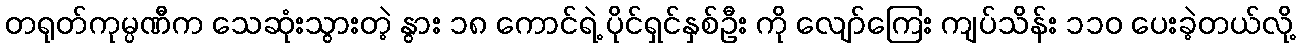
တရုတ်ကုမ္ပဏီက သေဆုံးသွားတဲ့ နွား ၁၈ ကောင်ရဲ့ ပိုင်ရှင်နှစ်ဦး ကို လျော်ကြေး ကျပ်သိန်း ၁၁ဝ ပေးခဲ့တယ်လို့